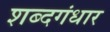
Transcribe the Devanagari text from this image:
शब्दगंधार